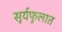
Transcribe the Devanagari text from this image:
सूर्यफुलात